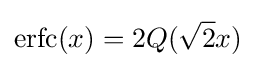
\operatorname {erfc} (x)=2Q({\sqrt {2}}x)